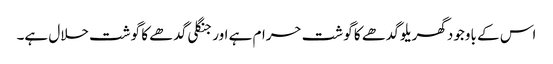
اس کے باوجود گھریلو گدھے کا گوشت حرام ہے اور جنگلی گدھے کا گوشت حلال ہے۔